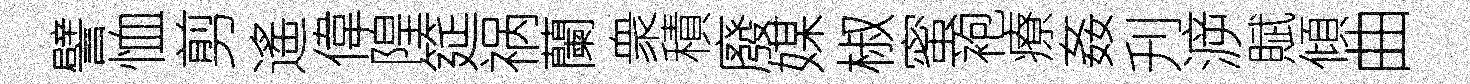
譬恤剪遙偉隍筵祸蘭衆積廢媒椒蜜袍療姦刋㴑賦傾曲